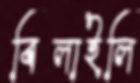
বিলাইলি